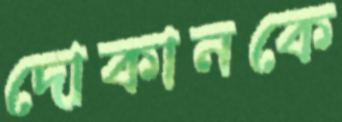
দোকানকে